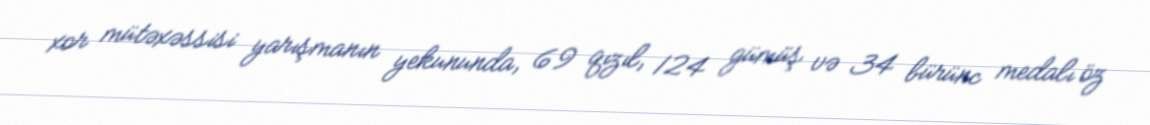
xor mütəxəssisi yarışmanın yekununda, 69 qızıl, 124 gümüş və 34 bürünc medalı öz